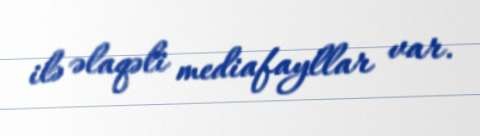
ilə əlaqəli mediafayllar var.